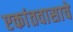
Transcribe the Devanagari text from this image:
एकांतवासाचे